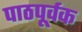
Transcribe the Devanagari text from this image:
पाठपूर्वक